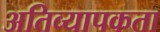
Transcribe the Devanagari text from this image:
अतिव्यापकता